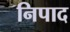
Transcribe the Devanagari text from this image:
निपाद